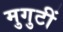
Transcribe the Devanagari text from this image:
मुगुटीं